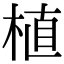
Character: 植